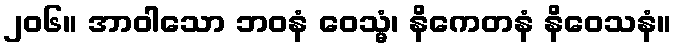
၂၀၆။ အာဝါသော ဘဝနံ ဝေသ္မံ၊ နိကေတနံ နိဝေသနံ။